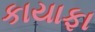
કાયાફા